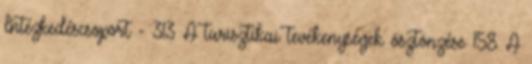
Intézkedéscsoport - 313 A turisztikai tevékenységek ösztönzése 158 A